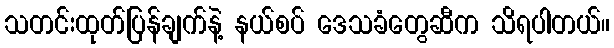
သတင်းထုတ်ပြန်ချက်နဲ့ နယ်စပ် ဒေသခံတွေဆီက သိရပါတယ်။